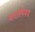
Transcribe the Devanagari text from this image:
भारतीयपण